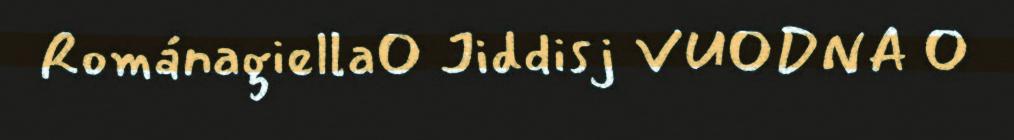
Románagiella Jiddisj VUODNA 